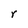
Character: r